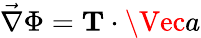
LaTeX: \vec{\nabla}\Phi=\mathbf{T}\cdot\Vec{a}